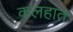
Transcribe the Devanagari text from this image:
कलहात